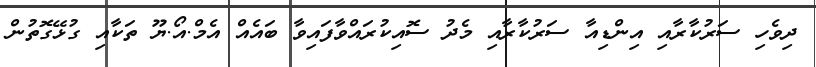
ދިވެހި ސަރުކާރާއި އިންޑިއާ ސަރުކާރާއި މެދު ސޮއިކުރައްވާފައިވާ ބައެއް އެމް.އޯ.ޔޫ ތަކާއި ގުޅޭގޮތުން